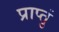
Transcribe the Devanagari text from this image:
प्राप्तुं